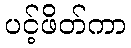
ပင့်ဖိတ်ကာ